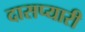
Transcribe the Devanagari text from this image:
दासप्यारी